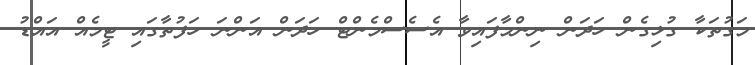
މަގުތަކާ ގުޅިގެން ހަދަން ނިންމާފައިވާ އެސެސްްމެންޓް ހަދަން އަންނަ ހަފުތާގައި ޓީމެއް އައްޑު